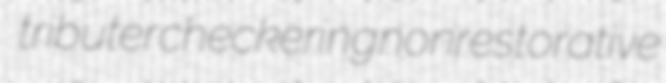
tributer checkering nonrestorative